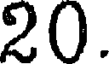
20.